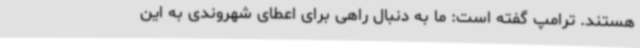
هستند. ترامپ گفته است: ما به دنبال راهی برای اعطای شهروندی به این